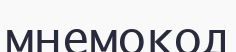
мнемокод